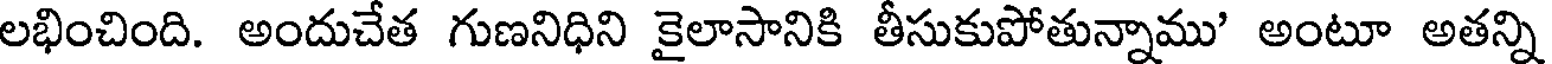
లభించింది. అందుచేత గుణనిధిని కైలాసానికి తీసుకుపోతున్నాము' అంటూ అతన్ని